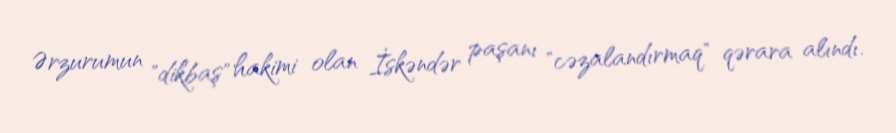
Ərzurumun "dikbaş" hakimi olan İskəndər paşanı "cəzalandırmaq" qərara alındı.